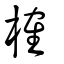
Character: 榷